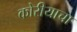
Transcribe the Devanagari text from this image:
कोरीयाचा